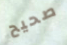
صحيح